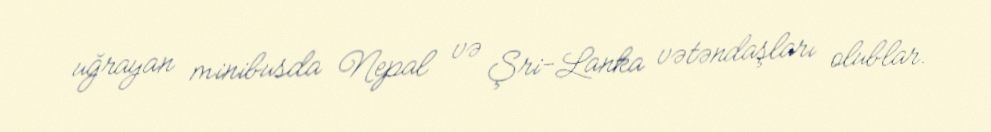
uğrayan minibusda Nepal və Şri-Lanka vətəndaşları olublar.